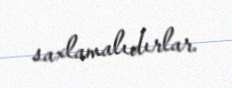
saxlamalıdırlar.